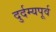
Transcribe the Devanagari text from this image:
दुर्दम्यपूर्व